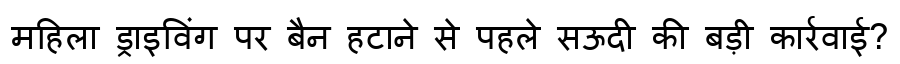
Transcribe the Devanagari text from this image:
महिला ड्राइविंग पर बैन हटाने से पहले सऊदी की बड़ी कार्रवाई?